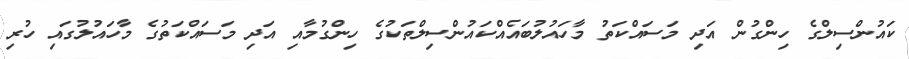
ކައުންސިލްގެ ހިންގުން އަދި މަސައްކަތު މާހައުލުބައެއްކައުންސިލްތަކުގެ ހިންގުމާއި އަދި މަސައްކަތުގެ މާހައުލުގައި ހުރި